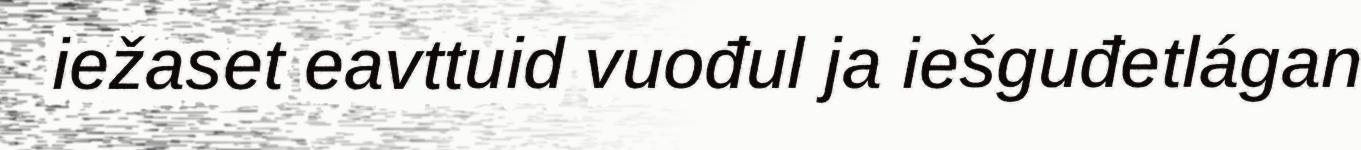
iežaset eavttuid vuođul ja iešguđetlágan